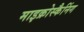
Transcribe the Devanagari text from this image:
माइक्रोस्कैनिंग